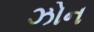
ઝોન